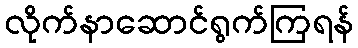
လိုက်နာဆောင်ရွက်ကြရန်